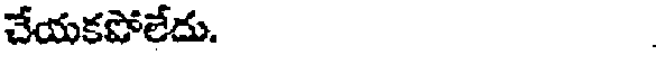
చేయకపోలేదు.